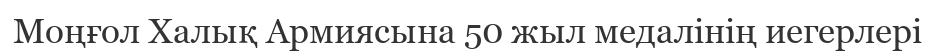
Моңғол Халық Армиясына 50 жыл медалінің иегерлері